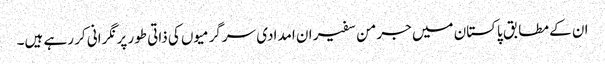
ان کے مطابق پاکستان میں جرمن سفیر ان امدادی سرگرمیوں کی ذاتی طور پر نگرانی کر رہے ہیں۔